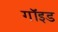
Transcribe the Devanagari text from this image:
गॉइड